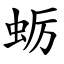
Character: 蛎